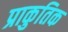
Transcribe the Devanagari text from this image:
प्राकुतिक